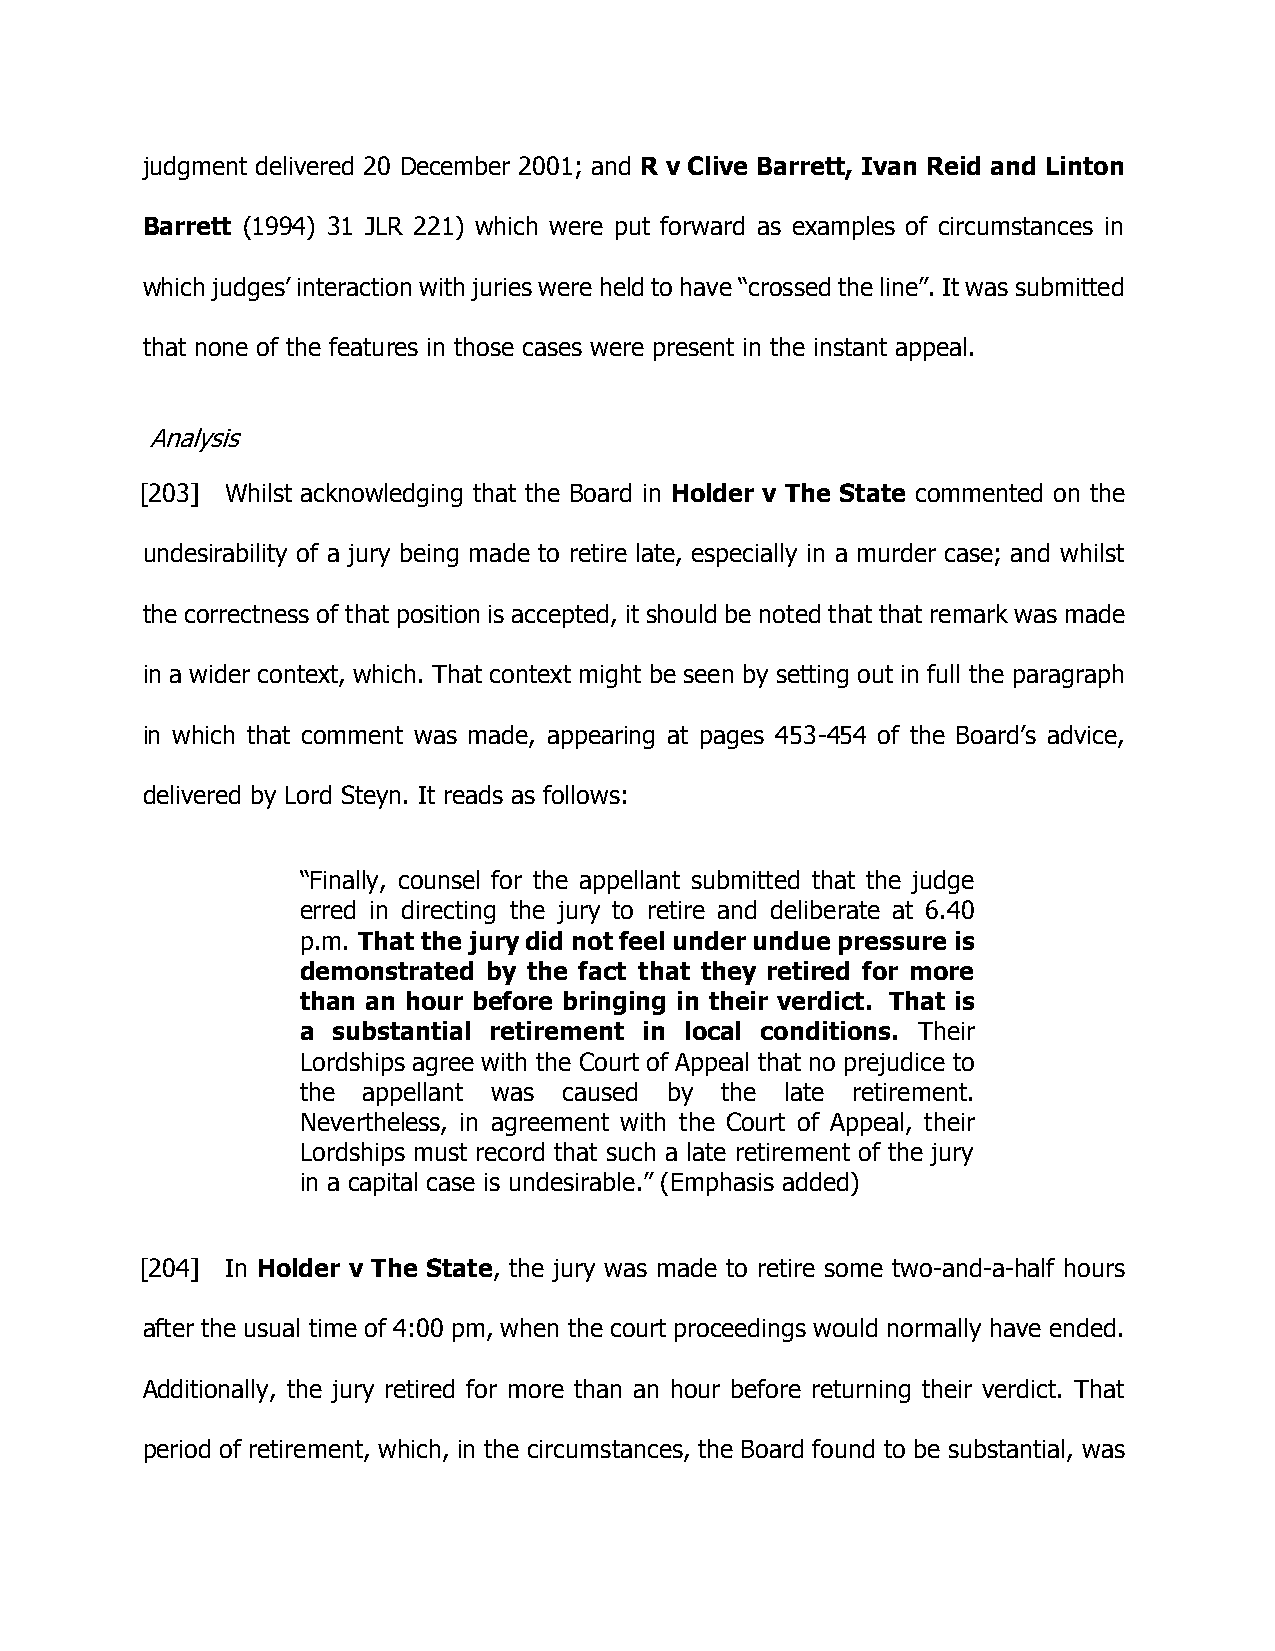
judgment delivered 20 December 2001; and R v Clive Barrett, Ivan Reid and Linton
 Barrett (1994) 31 JLR 221) which were put forward as examples of circumstances in
 which judges’ interaction with juries were held to have “crossed the line”. It was submitted
 that none of the features in those cases were present in the instant appeal.
 Analysis
 [203] Whilst acknowledging that the Board in Holder v The State commented on the
 undesirability of a jury being made to retire late, especially in a murder case; and whilst
 the correctness of that position is accepted, it should be noted that that remark was made
 in a wider context, which. That context might be seen by setting out in full the paragraph
 in which that comment was made, appearing at pages 453-454 of the Board’s advice,
 delivered by Lord Steyn. It reads as follows:
 “Finally, counsel for the appellant submitted that the judge
 erred in directing the jury to retire and deliberate at 6.40
 p.m. That the jury did not feel under undue pressure is
 demonstrated by the fact that they retired for more
 than an hour before bringing in their verdict. That is
 a substantial retirement in local conditions. Their
 Lordships agree with the Court of Appeal that no prejudice to
 the appellant was caused by the late retirement.
 Nevertheless, in agreement with the Court of Appeal, their
 Lordships must record that such a late retirement of the jury
 in a capital case is undesirable.” (Emphasis added)
 [204] In Holder v The State, the jury was made to retire some two-and-a-half hours
 after the usual time of 4:00 pm, when the court proceedings would normally have ended.
 Additionally, the jury retired for more than an hour before returning their verdict. That
 period of retirement, which, in the circumstances, the Board found to be substantial, was